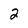
Character: 2